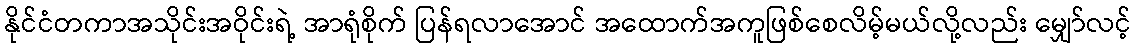
နိုင်ငံတကာအသိုင်းအဝိုင်းရဲ့ အာရုံစိုက် ပြန်ရလာအောင် အထောက်အကူဖြစ်စေလိမ့်မယ်လို့လည်း မျှော်လင့်